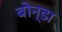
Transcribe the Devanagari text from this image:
बोन्डा